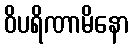
ဝိပရိဏာမိနော